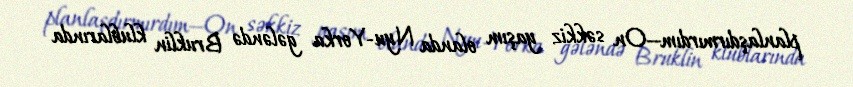
planlaşdırmırdım—On səkkiz yaşım olanda Nyu-Yorka gələndə Bruklin klublarında